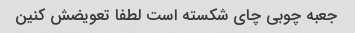
جعبه چوبی چای شکسته است لطفا تعویضش کنین